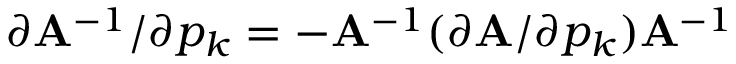
\partial { \bf A } ^ { - 1 } / \partial p _ { k } = - { \bf A } ^ { - 1 } ( \partial { \bf A } / \partial p _ { k } ) { \bf A } ^ { - 1 }